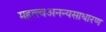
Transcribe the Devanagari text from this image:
महत्त्वअनन्यसाधारण